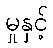
မှုနှင့်